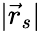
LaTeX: |{\vec{r}}_{s}|